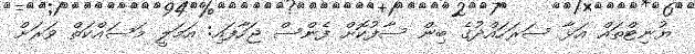
ޔުނިޓްތައް އަޅާ ސަރަހައްދުގެ ބިން ސާފުކޮށް ފެންސް ޖަހާފައި: އަމަލީ މަސައްކަތް ވަރަށް